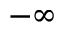
- \infty